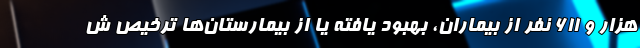
هزار و ۶۱۱ نفر از بیماران، بهبود یافته یا از بیمارستان‌ها ترخیص ش